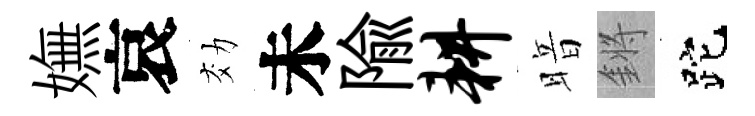
嫵哀効未隃耕暗鏘跎